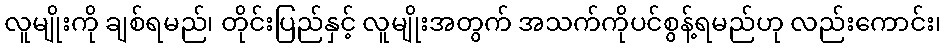
လူမျိုးကို ချစ်ရမည်၊ တိုင်းပြည်နှင့် လူမျိုးအတွက် အသက်ကိုပင်စွန့်ရမည်ဟု လည်းကောင်း၊